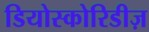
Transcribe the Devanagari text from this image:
डियोस्कोरिडीज़